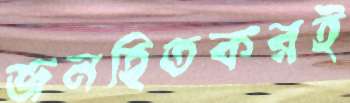
জনহিতকরই